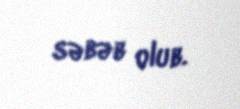
səbəb olub.